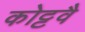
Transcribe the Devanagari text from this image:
कोट्टवै